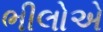
ભીલોએ